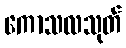
ကောသလသုတ်